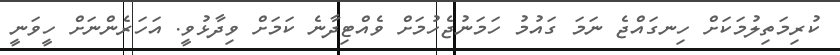
ކުރިމަތިލުމަަަކަށް ހިނގައްޖެ ނަމަ ގައުމު ހަމަނުޖެހުމަށް ވެއްޓިދާނެ ކަަމަށް ވިދާޅުވީ. އަހަރެންނަށް ހީވަނީ